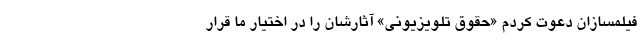
فیلمسازان دعوت کردم «حقوق تلویزیونی» آثارشان را در اختیار ما قرار